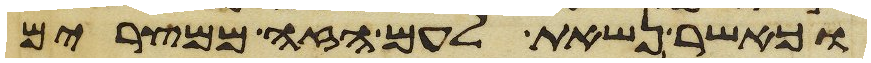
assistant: וכאשר נשאת לעם הזה ממצרים